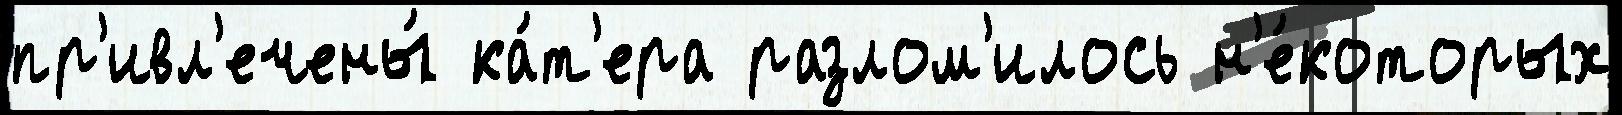
пр'ивл'ечены́ ка́т'ера разлом'илось н'е́которых